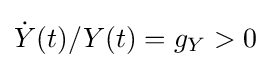
{\dot {Y}}(t)/Y(t)=g_{Y}>0